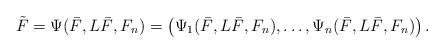
LaTeX: \begin{align*} \tilde F = \Psi ( \bar F , L \bar F, F_n) = \left( \Psi_1 ( \bar F , L \bar F, F_n), \dots ,\Psi_n ( \bar F , L \bar F, F_n) \right) . \end{align*}